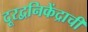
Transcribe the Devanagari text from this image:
दूरद्वनिकेंद्राची